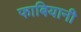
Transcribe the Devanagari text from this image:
फाबियानी